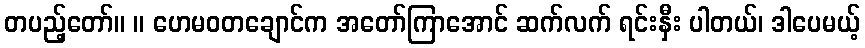
တပည့်တော်။ ။ ဟေမဝတချောင်က အတော်ကြာအောင် ဆက်လက် ရင်းနှီး ပါတယ်၊ ဒါပေမယ့်